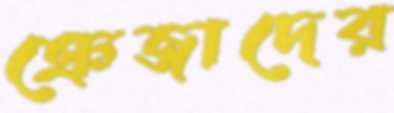
ক্রেজাদের